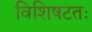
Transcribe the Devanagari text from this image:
विशिषटतः